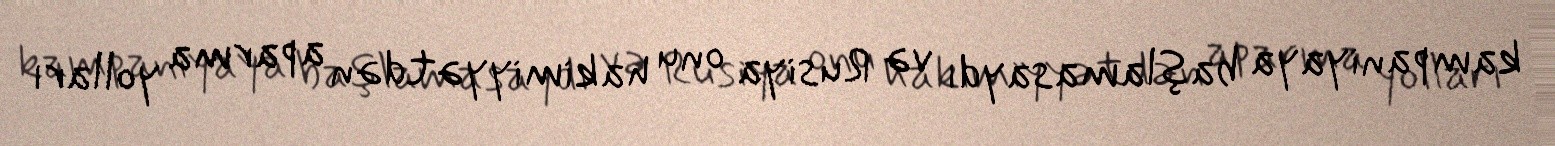
kampaniyaya başlamasaydı və Rusiya onu hakimiyyətdən aparma yolları